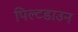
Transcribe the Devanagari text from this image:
पिल्टडाउन